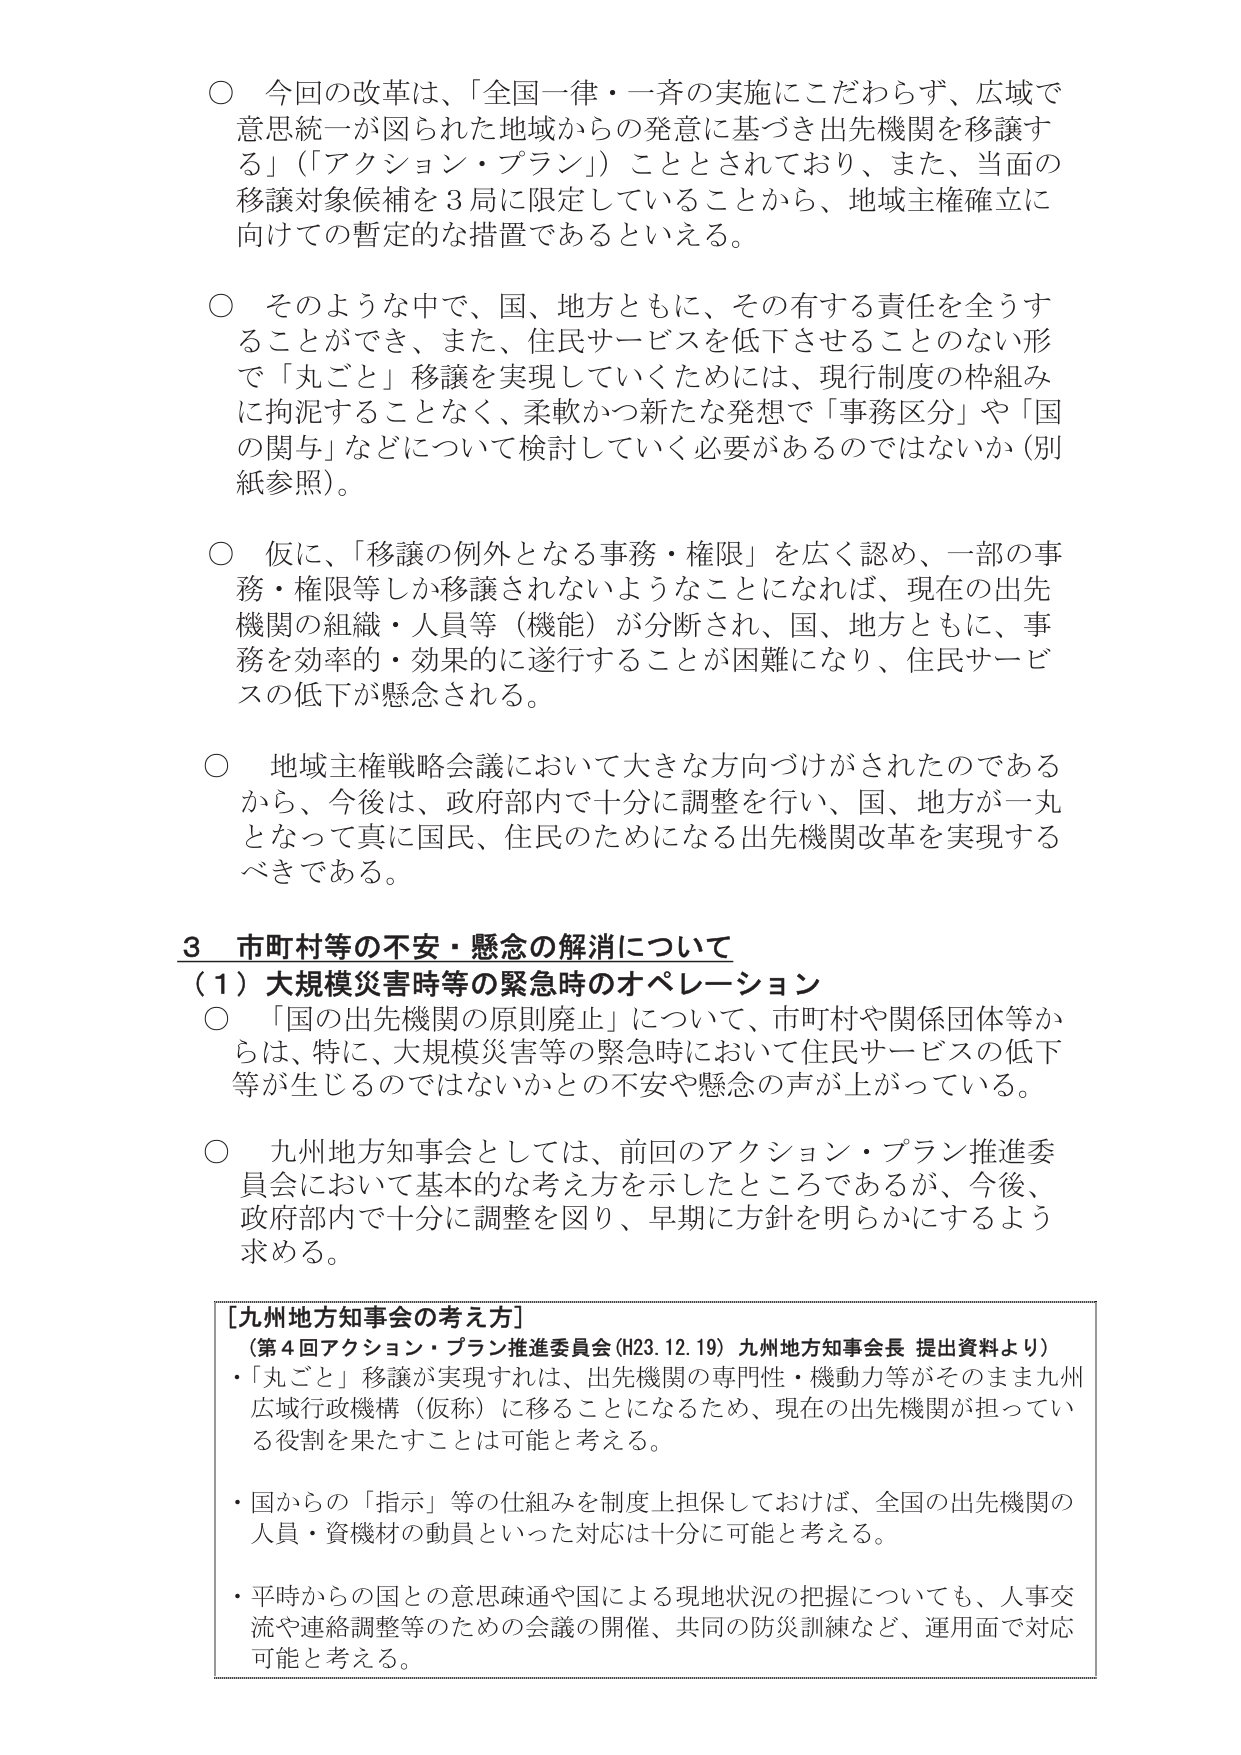
○ 今回の改革は、「全国一律・一斉の実施にこだわらず、広域で意思統一が図られた地域からの発意に基づき出先機関を移譲する」（「アクション・プラン」）こととされており、また、当面の移譲対象候補を３局に限定していることから、地域主権確立に向けての暫定的な措置であるといえる。

○ そのような中で、国、地方ともに、その有する責任を全うすることができ、また、住民サービスを低下させることのない形で「丸ごと」移譲を実現していくためには、現行制度の枠組みに拘泥することなく、柔軟かつ新たな発想で「事務区分」や「国の関与」などについて検討していく必要があるのではないか（別紙参照）。

○ 仮に、「移譲の例外となる事務・権限」を広く認め、一部の事務・権限等しか移譲されないようになれば、現在の出先機関の組織・人員等（機能）が分断され、国、地方ともに、事務を効率的・効果的に遂行することが困難になり、住民サービスの低下が懸念される。

○ 地域主権戦略会議において大きな方向づけがされたのであるから、今後は、政府部内で十分に調整を行い、国、地方が一丸となって真に国民、住民のためになる出先機関改革を実現するべきである。

３ 市町村等の不安・懸念の解消について
（１）大規模災害時等の緊急時のオペレーション
○ 「国の出先機関の原則廃止」について、市町村や関係団体等からは、特に、大規模災害等の緊急時において住民サービスの低下等が生じるのではないかとの不安や懸念の声が上がっている。

○ 九州地方知事会としては、前回のアクション・プラン推進委員会において基本的な考え方を示したところであるが、今後、政府部内で十分に調整を図り、早期に方針を明らかにするよう求める。

[九州地方知事会の考え方]
（第４回アクション・プラン推進委員会（H23.12.19）九州地方知事会長 提出資料より）
・「丸ごと」移譲が実現すれば、出先機関の専門性・機動力等がそのまま九州広域行政機構（仮称）に移ることになるため、現在の出先機関が担っている役割を果たすことは可能と考える。

・国からの「指示」等の仕組みを制度上担保しておけば、全国の出先機関の人員・資機材の動員といった対応は十分に可能と考える。

・平時からの国との意思疎通や国による現地状況の把握についても、人事交流や連絡調整等のための会議の開催、共同の防災訓練など、運用面で対応可能と考える。